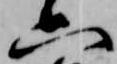
六